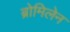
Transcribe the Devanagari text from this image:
ब्रोमिलेन